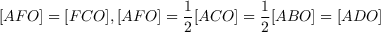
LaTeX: [ A F O ] = [ F C O ] , [ A F O ] = { \frac { 1 } { 2 } } [ A C O ] = { \frac { 1 } { 2 } } [ A B O ] = [ A D O ]